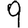
Digit: 9